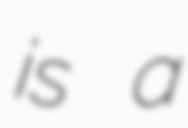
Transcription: is a